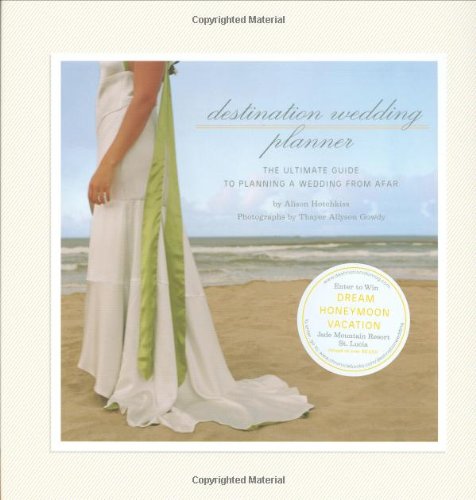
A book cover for Destination Wedding Planner: The Ultimate Guide to Planning a Wedding from Afar; Alison Hotchkiss; Crafts, Hobbies & Home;